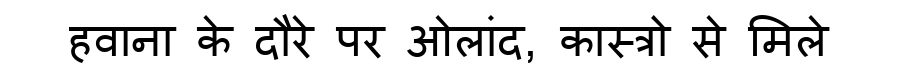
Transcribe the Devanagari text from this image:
हवाना के दौरे पर ओलांद, कास्त्रो से मिले